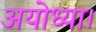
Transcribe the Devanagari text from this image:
अयोध्या।